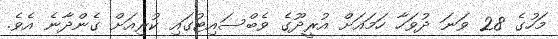
މަހުގެ 28 ވަނަ ދުވަހާ ހަމައަށް އުރީދޫގެ ވެބްސައިޓުގައި ކުރިއަށް ގެންދާނެ އެވެ.